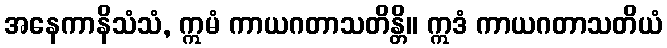
အနေကာနိသံသံ, ဣမံ ကာယဂတာသတိန္တိ။ ဣဒံ ကာယဂတာသတိယံ